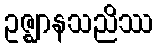
ဥဇ္ဈာနသညိဿ